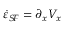
\dot { \varepsilon } _ { S \! F } = \partial _ { x } V _ { x }